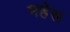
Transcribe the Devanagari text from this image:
महेरू